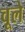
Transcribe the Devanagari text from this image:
वूले